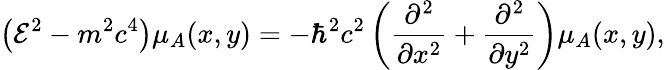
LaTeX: \left(\mathcal{E}^{2}-m^{2}c^{4}\right)\mu_{A}(x,y)=-\hbar^{2}c^{2}\left(\frac{\partial^{2}}{\partial x^{2}}+\frac{\partial^{2}}{\partial y^{2}}\right)\mu_{A}(x,y),